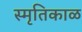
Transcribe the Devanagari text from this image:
स्मृतिकाळ